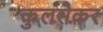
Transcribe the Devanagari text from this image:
कुलसेकर